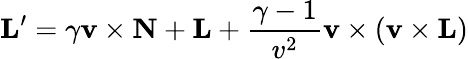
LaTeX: \mathbf{L}^{\prime}=\gamma\mathbf{v}\times\mathbf{N}+\mathbf{L}+{\frac{\gamma-1}{v^{2}}}\mathbf{v}\times\left(\mathbf{v}\times\mathbf{L}\right)